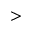
>